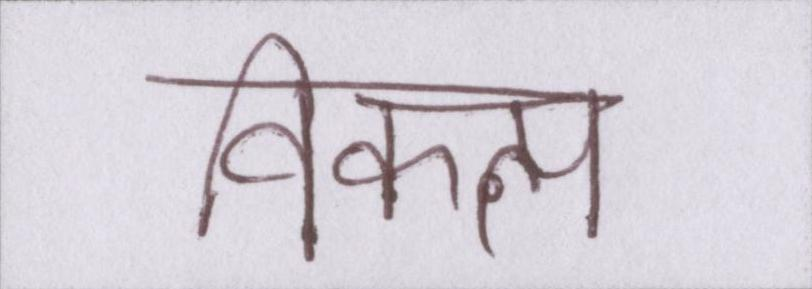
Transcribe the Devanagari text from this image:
विकल्प